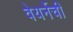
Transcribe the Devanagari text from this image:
वेयर्नेची